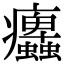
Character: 𤼜